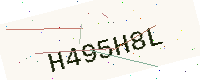
Text: H495H8L